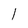
Character: 1